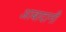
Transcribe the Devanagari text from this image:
आबादानी